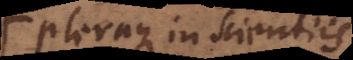
Pleraque in scientiis